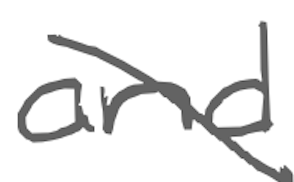
Text: and
Cross-out: mix
Writing tool: digital_gray